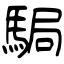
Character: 駶